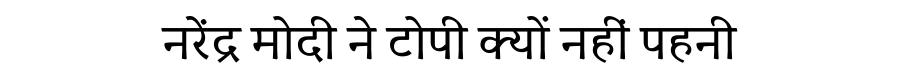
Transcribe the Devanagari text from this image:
नरेंद्र मोदी ने टोपी क्यों नहीं पहनी